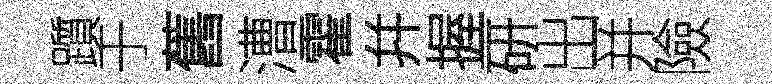
躓于舊漕霍幷握研出并險